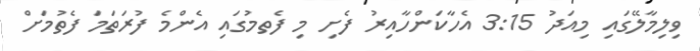
ވިލިމާލޭގައި މިއަދު 3:15 އެހާކަންހާއިރު ފެށި މި ފެތމުގައި އެންމެ ފުރަތަމަ ފެތުމަށް